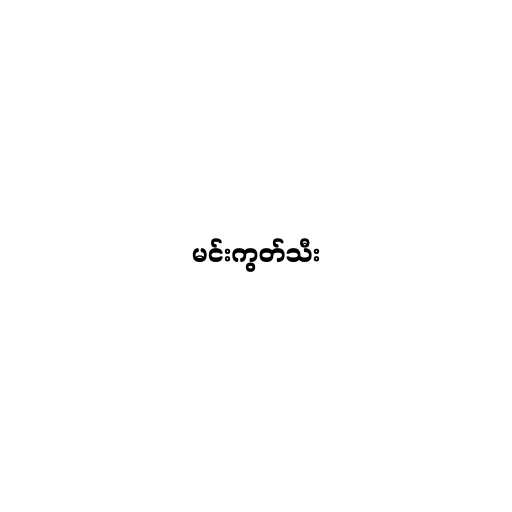
မင်းကွတ်သီး